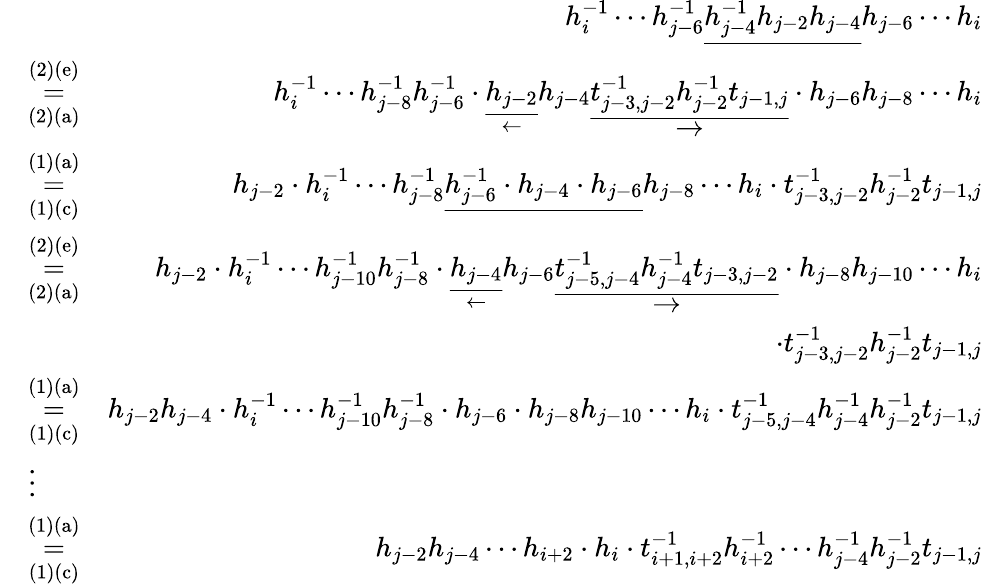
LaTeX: \begin{array}{rlr}&{}&{h_{i}^{-1}\cdots h_{j-6}^{-1}\underline{{h_{j-4}^{-1}h_{j-2}h_{j-4}}}h_{j-6}\cdots h_{i}}\\ &{\overset{\mathrm{(2)(e)}}{\underset{\mathrm{(2)(a)}}{=}}}&{h_{i}^{-1}\cdots h_{j-8}^{-1}h_{j-6}^{-1}\cdot\underset{\leftarrow}{\underline{{h_{j-2}}}}h_{j-4}\underset{\rightarrow}{\underline{{t_{j-3,j-2}^{-1}h_{j-2}^{-1}t_{j-1,j}}}}\cdot h_{j-6}h_{j-8}\cdots h_{i}}\\ &{\overset{\mathrm{(1)(a)}}{\underset{\mathrm{(1)(c)}}{=}}}&{h_{j-2}\cdot h_{i}^{-1}\cdots h_{j-8}^{-1}\underline{{h_{j-6}^{-1}\cdot h_{j-4}\cdot h_{j-6}}}h_{j-8}\cdots h_{i}\cdot t_{j-3,j-2}^{-1}h_{j-2}^{-1}t_{j-1,j}}\\ &{\overset{\mathrm{(2)(e)}}{\underset{\mathrm{(2)(a)}}{=}}}&{h_{j-2}\cdot h_{i}^{-1}\cdots h_{j-10}^{-1}h_{j-8}^{-1}\cdot\underset{\leftarrow}{\underline{{h_{j-4}}}}h_{j-6}\underset{\rightarrow}{\underline{{t_{j-5,j-4}^{-1}h_{j-4}^{-1}t_{j-3,j-2}}}}\cdot h_{j-8}h_{j-10}\cdots h_{i}}\\ &{}&{\cdot t_{j-3,j-2}^{-1}h_{j-2}^{-1}t_{j-1,j}}\\ &{\overset{\mathrm{(1)(a)}}{\underset{\mathrm{(1)(c)}}{=}}}&{h_{j-2}h_{j-4}\cdot h_{i}^{-1}\cdots h_{j-10}^{-1}h_{j-8}^{-1}\cdot h_{j-6}\cdot h_{j-8}h_{j-10}\cdots h_{i}\cdot t_{j-5,j-4}^{-1}h_{j-4}^{-1}h_{j-2}^{-1}t_{j-1,j}}\\ &{\vdots}&\\ &{\overset{\mathrm{(1)(a)}}{\underset{\mathrm{(1)(c)}}{=}}}&{h_{j-2}h_{j-4}\cdots h_{i+2}\cdot h_{i}\cdot t_{i+1,i+2}^{-1}h_{i+2}^{-1}\cdots h_{j-4}^{-1}h_{j-2}^{-1}t_{j-1,j}}\end{array}